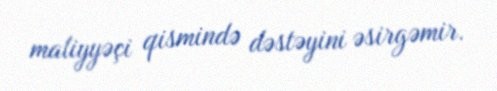
maliyyəçi qismində dəstəyini əsirgəmir.